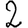
Digit: 2